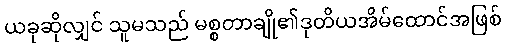
ယခုဆိုလျှင် သူမသည် မစ္စတာချို၏ဒုတိယအိမ်ထောင်အဖြစ်